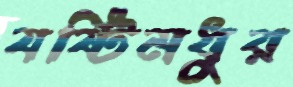
যষ্টিমধুর